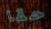
حقا